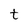
Character: t